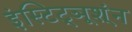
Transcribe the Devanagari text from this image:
इंस्टिट्ञूश्ंन